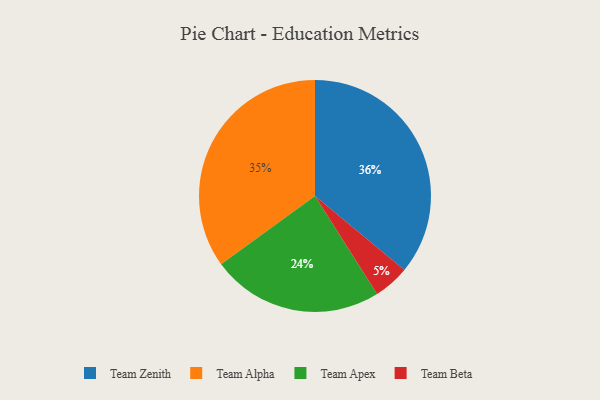
{"axis": {"x": "Category", "y": "Percentage"}, "legend": ["Team Alpha", "Team Apex", "Team Beta", "Team Zenith"], "data": [{"x": "Team Apex", "y": 24, "type": "Team Apex"}, {"x": "Team Beta", "y": 5, "type": "Team Beta"}, {"x": "Team Zenith", "y": 36, "type": "Team Zenith"}, {"x": "Team Alpha", "y": 35, "type": "Team Alpha"}]}